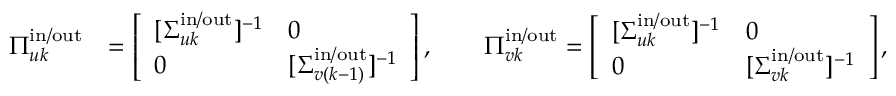
\begin{array} { r l } { \boldsymbol { \Pi } _ { u k } ^ { \mathrm { i n } / \mathrm { o u t } } } & { = \left[ \begin{array} { l l } { [ \boldsymbol { \Sigma } _ { u k } ^ { \mathrm { i n } / \mathrm { o u t } } ] ^ { - 1 } } & { 0 } \\ { 0 } & { [ \boldsymbol { \Sigma } _ { v ( k - 1 ) } ^ { \mathrm { i n } / \mathrm { o u t } } ] ^ { - 1 } } \end{array} \right] , \qquad \boldsymbol { \Pi } _ { v k } ^ { \mathrm { i n } / \mathrm { o u t } } = \left[ \begin{array} { l l } { [ \boldsymbol { \Sigma } _ { u k } ^ { \mathrm { i n } / \mathrm { o u t } } ] ^ { - 1 } } & { 0 } \\ { 0 } & { [ \boldsymbol { \Sigma } _ { v k } ^ { \mathrm { i n } / \mathrm { o u t } } ] ^ { - 1 } } \end{array} \right] , } \end{array}